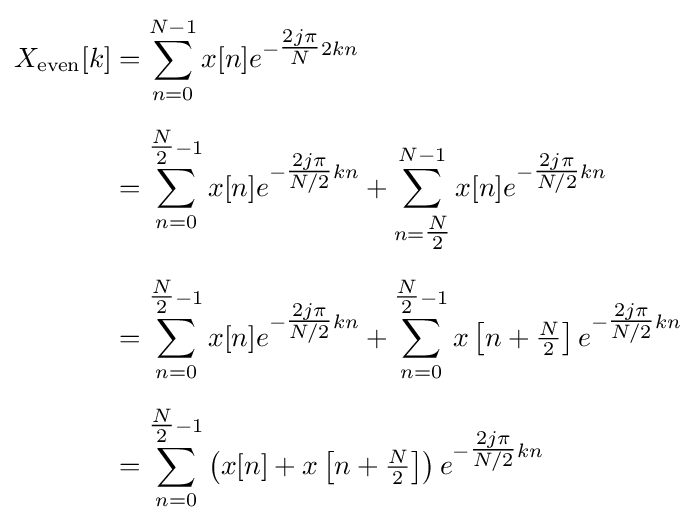
{\begin{aligned}X_{\text{even}}[k]&=\sum _{n=0}^{N-1}x[n]e^{-{\tfrac {2j\pi }{N}}2kn}\\[5pt]&=\sum _{n=0}^{{\tfrac {N}{2}}-1}x[n]e^{-{\tfrac {2j\pi }{N/2}}kn}+\sum _{n={\tfrac {N}{2}}}^{N-1}x[n]e^{-{\tfrac {2j\pi }{N/2}}kn}\\[5pt]&=\sum _{n=0}^{{\tfrac {N}{2}}-1}x[n]e^{-{\tfrac {2j\pi }{N/2}}kn}+\sum _{n=0}^{{\tfrac {N}{2}}-1}x\left[n+{\tfrac {N}{2}}\right]e^{-{\tfrac {2j\pi }{N/2}}kn}\\[5pt]&=\sum _{n=0}^{{\tfrac {N}{2}}-1}\left(x[n]+x\left[n+{\tfrac {N}{2}}\right]\right)e^{-{\tfrac {2j\pi }{N/2}}kn}\end{aligned}}